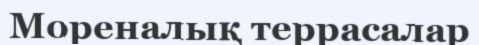
Мореналық террасалар